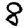
Digit: 8